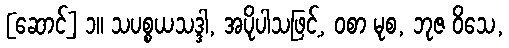
[ဆောင်] ၁။ သပစ္စယသဒ္ဒါ, အပိုပါသဖြင့်, ဝစာ မုစ, ဘုဇ ဝိသေ,